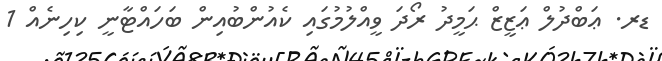
ޑރ. ޢަބްދުލް ޢަޒީޒް ޙަމީދު ރޯދަ ވީއްލުމުގައި ކެއުންބުއިން ބަހައްޓާނީ ކިހިނެއް 1